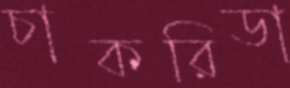
চাকরিডা